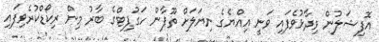
އޮފިޝަލުން ވިދާޅުވެފައި ވަނީ އިއްޔެގެ ނިޔަލަށް ތޫފާން ހަގުޕިޓްގެ ބާރު މިން ރިކޯޑްކުރެވިފައި